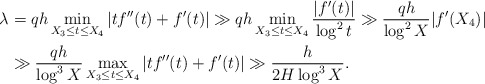
\begin{align*}\lambda &= qh \min_{X_3 \leq t \leq X_4 } |tf''(t) + f'(t)| \gg qh \min_{X_3 \leq t \leq X_4} \frac{|f'(t)|}{\log^2 t} \gg \frac{qh}{\log^2 X} |f'(X_4)| \\ &\gg \frac{qh}{\log^3 X} \max_{X_3 \leq t \leq X_4} |t f''(t) + f'(t)| \gg \frac{h}{2H \log^3 X}.\end{align*}